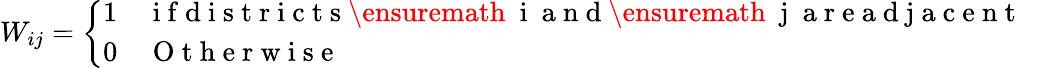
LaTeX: W_{ij}=\left\{ \begin{array}{ll}{1}&{\mathrm{~i~f~d~i~s~t~r~i~c~t~s~\ensuremath~{~i~\mathrm{~a~n~d~\ensuremath~{~j~}~a~r~e~a~d~j~a~c~e~n~t~}~}~}}\\ {0}&{\mathrm{~O~t~h~e~r~w~i~s~e~}}\end{array}\right.